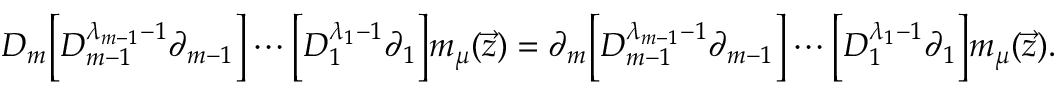
D _ { m } \Big [ D _ { m - 1 } ^ { \lambda _ { m - 1 } - 1 } \partial _ { m - 1 } \Big ] \cdots \Big [ D _ { 1 } ^ { \lambda _ { 1 } - 1 } \partial _ { 1 } \Big ] m _ { \mu } ( \Vec { z } ) = \partial _ { m } \Big [ D _ { m - 1 } ^ { \lambda _ { m - 1 } - 1 } \partial _ { m - 1 } \Big ] \cdots \Big [ D _ { 1 } ^ { \lambda _ { 1 } - 1 } \partial _ { 1 } \Big ] m _ { \mu } ( \Vec { z } ) .